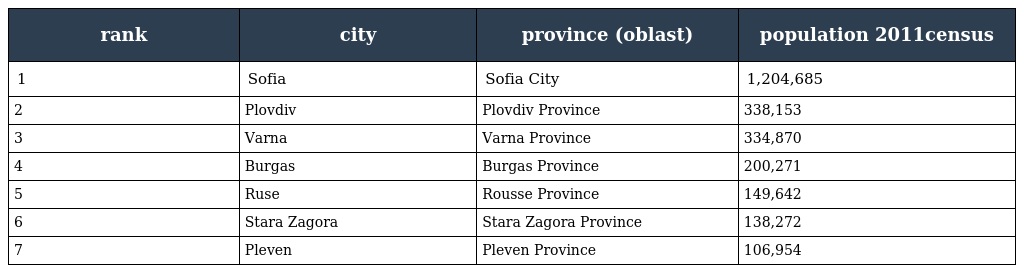
| rank | city | province (oblast) | population 2011census |
 | --- | --- | --- | --- |
 | 1 | Sofia | Sofia City | 1,204,685 |
 | 2 | Plovdiv | Plovdiv Province | 338,153 |
 | 3 | Varna | Varna Province | 334,870 |
 | 4 | Burgas | Burgas Province | 200,271 |
 | 5 | Ruse | Rousse Province | 149,642 |
 | 6 | Stara Zagora | Stara Zagora Province | 138,272 |
 | 7 | Pleven | Pleven Province | 106,954 |